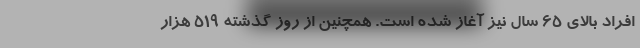
افراد بالای 65 سال نیز آغاز شده است. همچنین از روز گذشته 519 هزار